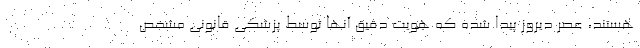
هستند، عصر دیروز پیدا شده که هویت دقیق آنها توسط پزشکی قانونی مشخص